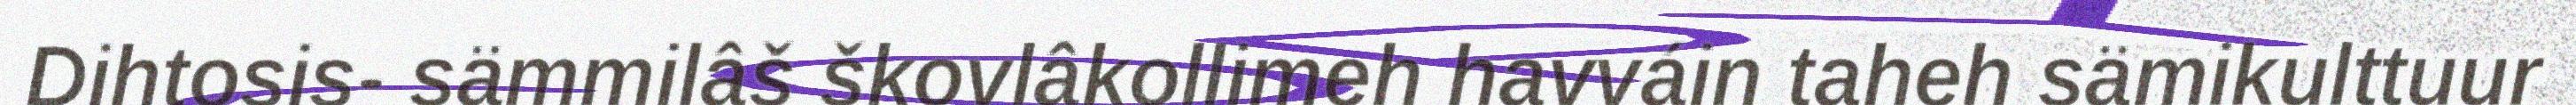
Dihtosis- sämmilâš škovlâkollimeh havváin taheh sämikulttuur